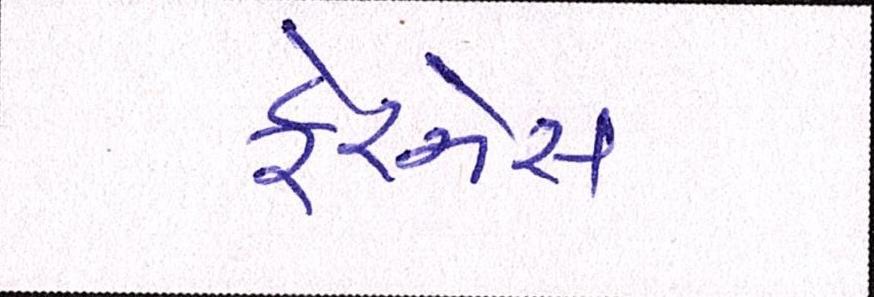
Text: ફેરનેસ